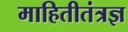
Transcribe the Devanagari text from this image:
माहितीतंत्रज्ञ